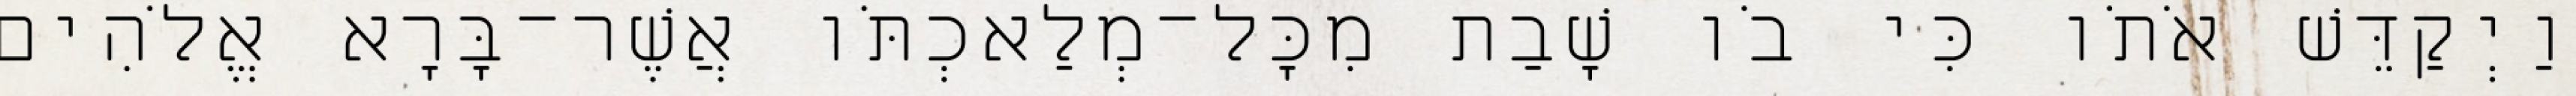
וַיְקַדֵּשׁ אֹתֹו כִּי בֹו שָׁבַת מִכָּל־מְלַאכְתֹּו אֲשֶׁר־בָּרָא אֱלֹהִים